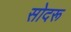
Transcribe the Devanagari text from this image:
सोदरू